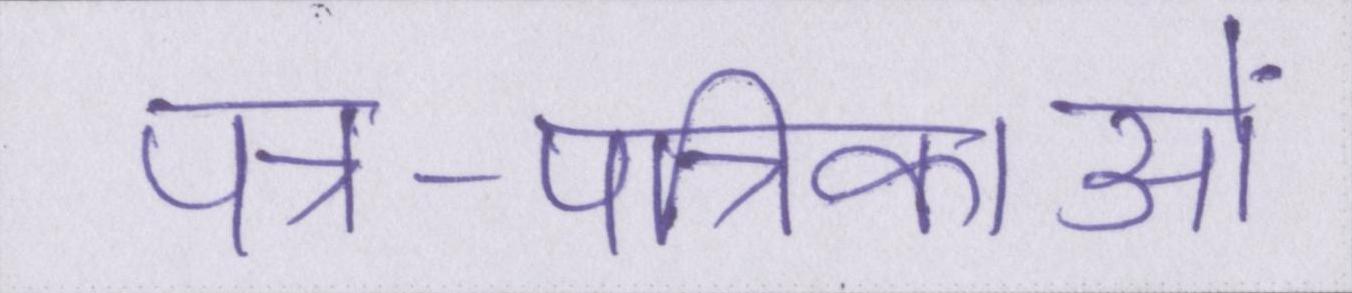
पत्र-पत्रिकाओं